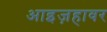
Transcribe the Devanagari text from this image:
आइज़हावर